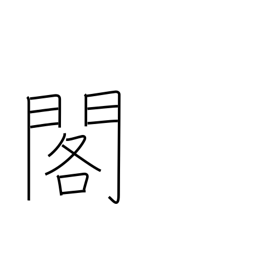
Meaning: palace